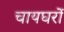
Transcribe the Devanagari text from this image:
चायघरों